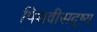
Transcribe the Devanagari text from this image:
पिशवीसदृष्य